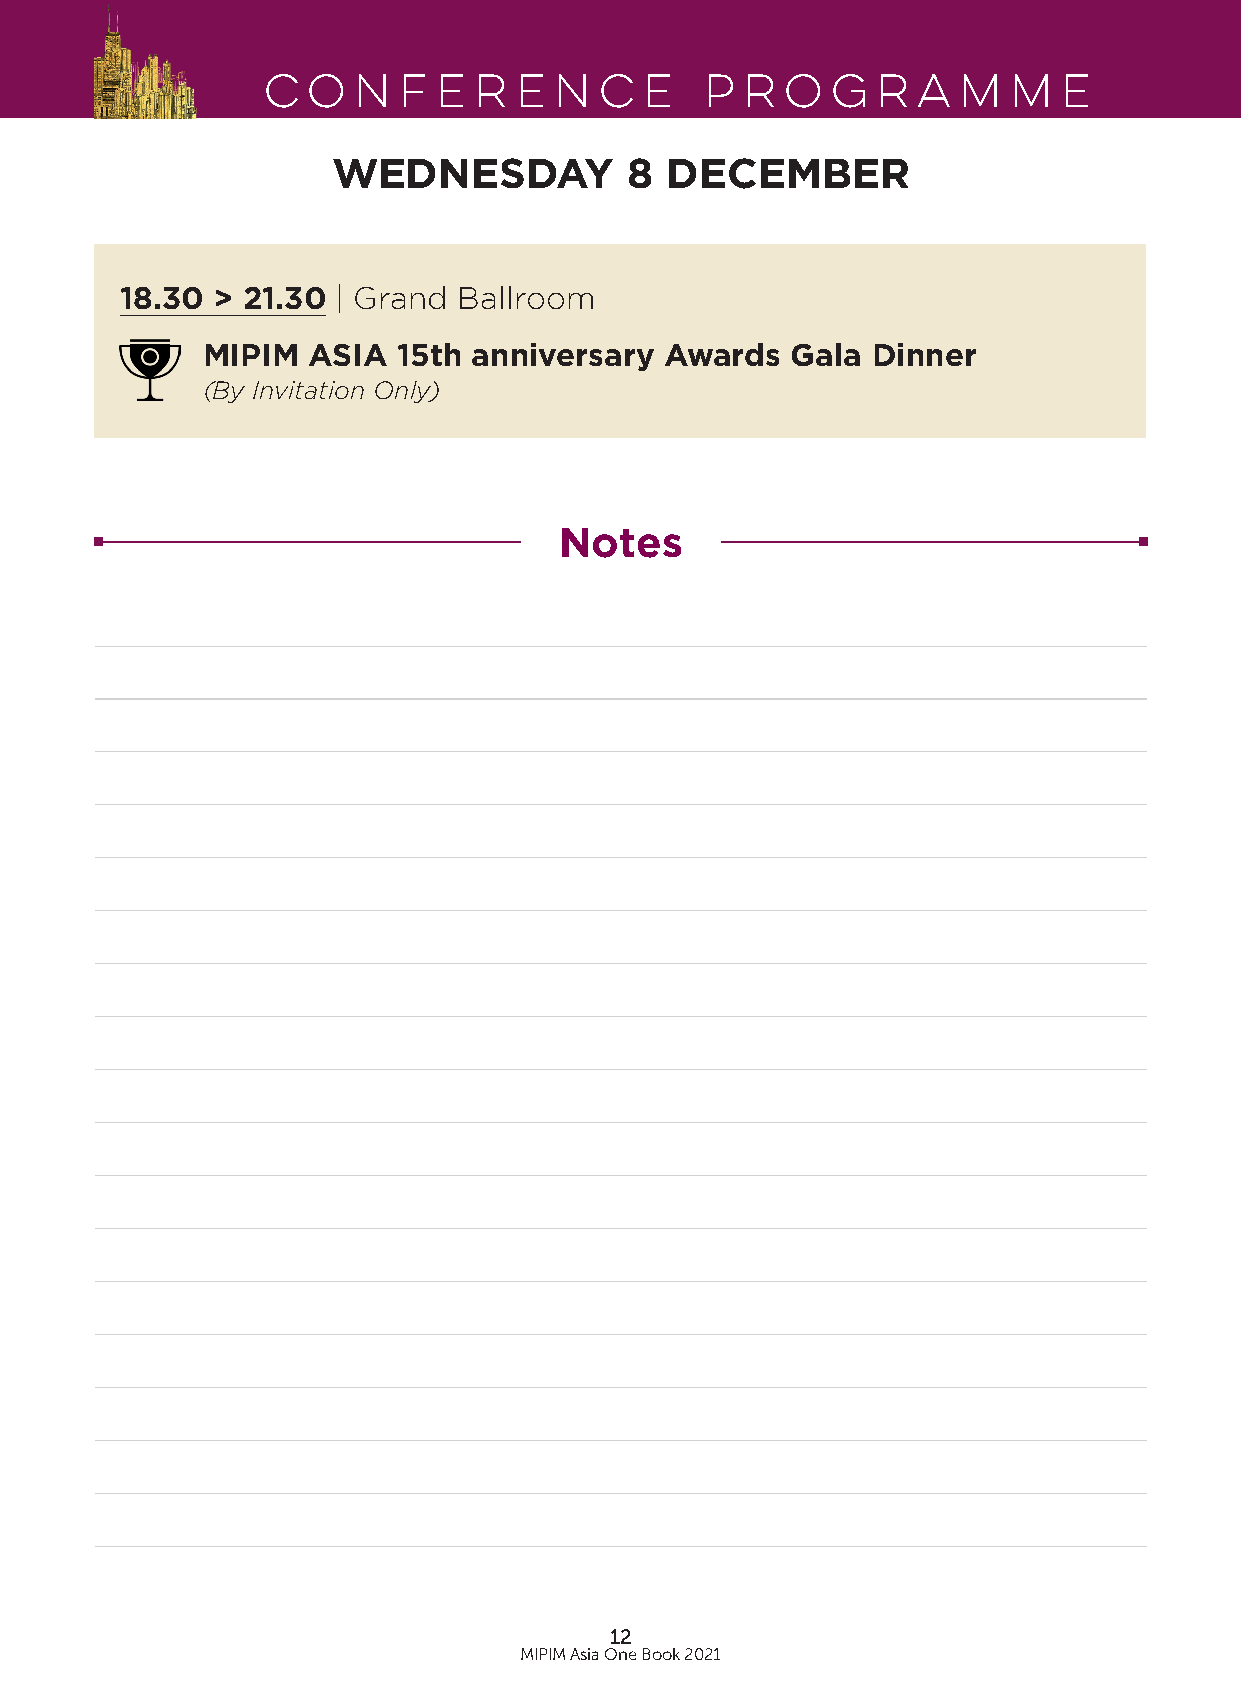
Conference                    Programme
 WEDNESDAY           8 DECEMBER
 18.30 > 21.30 | Grand Ballroom
 MIPIM  ASIA  15th anniversary  Awards  Gala  Dinner
 (By Invitation Only)
 Notes
 12
 MIPIM Asia One Book 2021